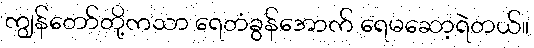
ကျွန်တော်တို့ကသာ ရေတံခွန်အောက် ရေမဆော့ရဲတယ်။